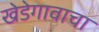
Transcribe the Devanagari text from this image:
खेडेगावाचा